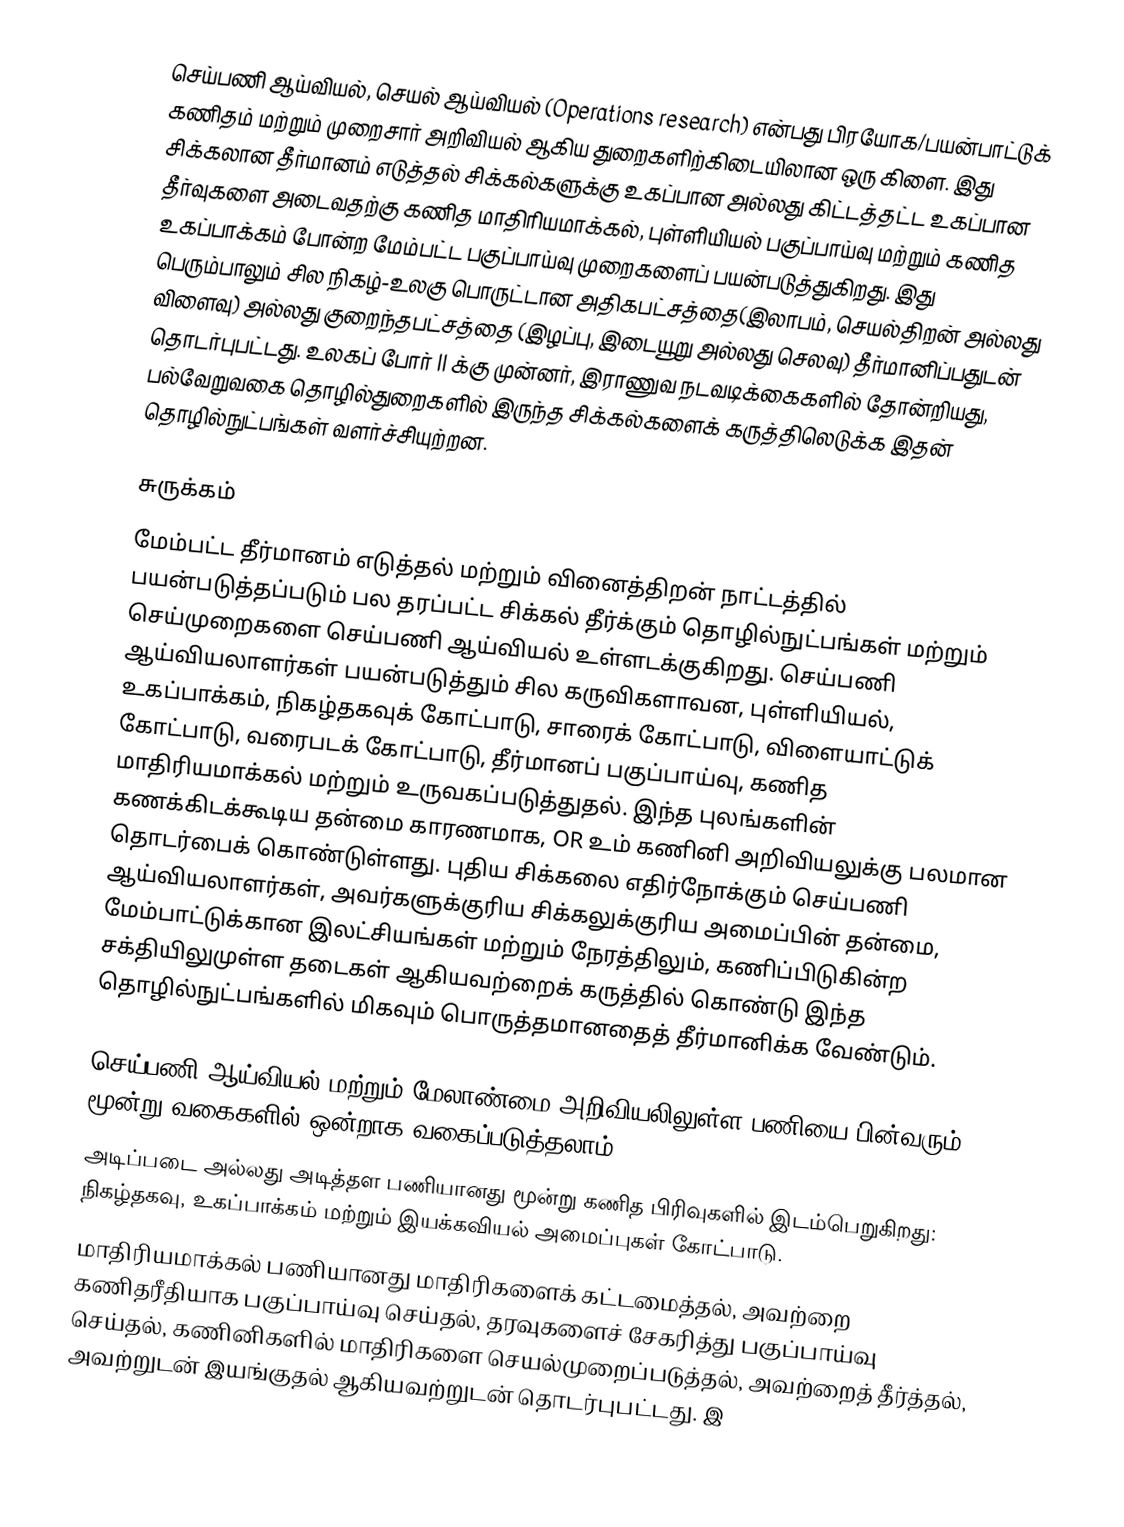
செய்பணி ஆய்வியல், செயல் ஆய்வியல் (Operations research) என்பது பிரயோக/பயன்பாட்டுக் கணிதம் மற்றும் முறைசார் அறிவியல் ஆகிய துறைகளிற்கிடையிலான ஒரு கிளை. இது சிக்கலான தீர்மானம் எடுத்தல் சிக்கல்களுக்கு உகப்பான அல்லது கிட்டத்தட்ட உகப்பான தீர்வுகளை அடைவதற்கு கணித மாதிரியமாக்கல், புள்ளியியல் பகுப்பாய்வு மற்றும் கணித உகப்பாக்கம் போன்ற மேம்பட்ட பகுப்பாய்வு முறைகளைப் பயன்படுத்துகிறது. இது பெரும்பாலும் சில நிகழ்-உலகு பொருட்டான அதிகபட்சத்தை(இலாபம், செயல்திறன் அல்லது விளைவு) அல்லது குறைந்தபட்சத்தை (இழப்பு, இடையூறு அல்லது செலவு) தீர்மானிப்பதுடன் தொடர்புபட்டது. உலகப் போர் II க்கு முன்னர், இராணுவ நடவடிக்கைகளில் தோன்றியது, பல்வேறுவகை தொழில்துறைகளில் இருந்த சிக்கல்களைக் கருத்திலெடுக்க இதன் தொழில்நுட்பங்கள் வளர்ச்சியுற்றன.

சுருக்கம்
மேம்பட்ட தீர்மானம் எடுத்தல் மற்றும் வினைத்திறன் நாட்டத்தில் பயன்படுத்தப்படும் பல தரப்பட்ட சிக்கல் தீர்க்கும் தொழில்நுட்பங்கள் மற்றும் செய்முறைகளை செய்பணி ஆய்வியல் உள்ளடக்குகிறது. செய்பணி ஆய்வியலாளர்கள் பயன்படுத்தும் சில கருவிகளாவன, புள்ளியியல், உகப்பாக்கம், நிகழ்தகவுக் கோட்பாடு, சாரைக் கோட்பாடு, விளையாட்டுக் கோட்பாடு, வரைபடக் கோட்பாடு, தீர்மானப் பகுப்பாய்வு, கணித மாதிரியமாக்கல் மற்றும் உருவகப்படுத்துதல். இந்த புலங்களின் கணக்கிடக்கூடிய தன்மை காரணமாக, OR உம் கணினி அறிவியலுக்கு பலமான தொடர்பைக் கொண்டுள்ளது. புதிய சிக்கலை எதிர்நோக்கும் செய்பணி ஆய்வியலாளர்கள், அவர்களுக்குரிய சிக்கலுக்குரிய அமைப்பின் தன்மை, மேம்பாட்டுக்கான இலட்சியங்கள் மற்றும் நேரத்திலும், கணிப்பிடுகின்ற சக்தியிலுமுள்ள தடைகள் ஆகியவற்றைக் கருத்தில் கொண்டு இந்த தொழில்நுட்பங்களில் மிகவும் பொருத்தமானதைத் தீர்மானிக்க வேண்டும்.

செய்பணி ஆய்வியல் மற்றும் மேலாண்மை அறிவியலிலுள்ள பணியை பின்வரும் மூன்று வகைகளில் ஒன்றாக வகைப்படுத்தலாம்:
 அடிப்படை அல்லது அடித்தள பணியானது மூன்று கணித பிரிவுகளில் இடம்பெறுகிறது: நிகழ்தகவு, உகப்பாக்கம் மற்றும் இயக்கவியல் அமைப்புகள் கோட்பாடு.
 மாதிரியமாக்கல் பணியானது மாதிரிகளைக் கட்டமைத்தல், அவற்றை கணிதரீதியாக பகுப்பாய்வு செய்தல், தரவுகளைச் சேகரித்து பகுப்பாய்வு செய்தல், கணினிகளில் மாதிரிகளை செயல்முறைப்படுத்தல், அவற்றைத் தீர்த்தல், அவற்றுடன் இயங்குதல் ஆகியவற்றுடன் தொடர்புபட்டது. இ